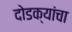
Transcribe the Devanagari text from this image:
दोडक्यांचा